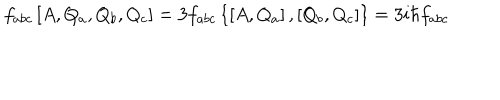
f _ { a b c } \left[ A , Q _ { a } , Q _ { b } , Q _ { c } \right] = 3 f _ { a b c } \left\{ \left[ A , Q _ { a } \right] , \left[ Q _ { b } , Q _ { c } \right] \right\} = 3 i \hbar f _ { a b c }